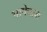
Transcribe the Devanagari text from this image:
भाषेचाचा